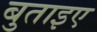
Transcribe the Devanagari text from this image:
बुताइए